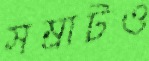
সম্রাটও